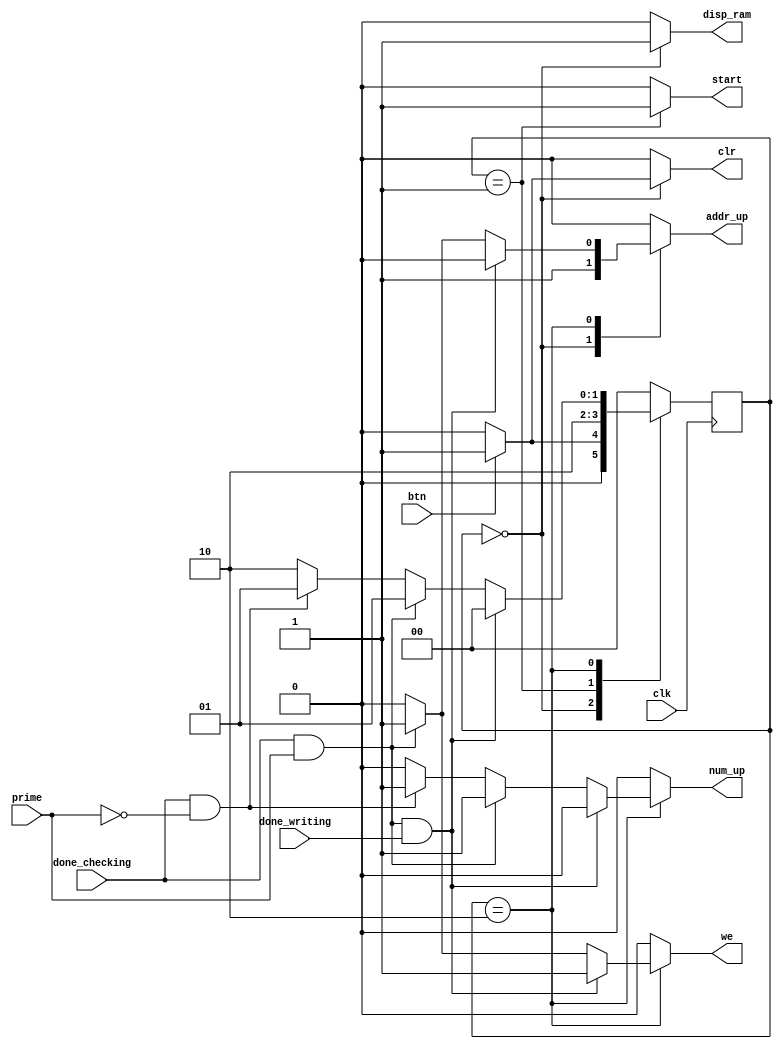
`timescale 1ns / 1ps

/*
 State machine to control the prime number
 generator module.
*/
module fsm(
    input clk,
    input btn,
    input done_writing,
    input done_checking,
    input prime,
    output reg start,
    output reg addr_up,
    output reg num_up,
    output reg clr,
    output reg we,
    output reg disp_ram
    );
    
    // Next state and present state
    reg [1:0] ns, ps;
    // State representation variables
    parameter [1:0] st_display_ram=2'b00, st_start=2'b01, st_check=2'b10;
    
    // Switch to next state every clock cycle
    always @ (posedge clk)
        ps = ns;
        
    // Decoder
    always @ (*) begin // removed done_writing, btn, done_checking, prime, ps
        // Clear all outputs
        start = 0; we = 0; clr = 0;
        num_up = 0; addr_up = 0; disp_ram = 0;
        case (ps)
            st_display_ram:
            begin
                // Always count up to continually show primes
                addr_up = 1;
                disp_ram = 1;
                if (btn == 1) begin
                    clr = 1; // Clear both counters
                    ns = st_start;
                end
                else ns = st_display_ram;
            end
            
            st_start:
            begin // Unconditional move to next state
                start = 1;
                ns = st_check;
            end
            
            st_check:
            begin // Wait for prime number check module to finish checking
                // Found the last prime number
                if (done_checking == 1 && prime == 1 && done_writing == 1) begin
                    we = 1;
                    ns = st_display_ram;
                end
                // Found a prime, but still need more
                else if (done_checking == 1 && prime == 1) begin
                    we = 1;
                    num_up = 1;
                    addr_up = 1;
                    ns = st_start;
                end
                // Finished checking, not a prime
                else if (done_checking == 1 && prime == 0) begin
                    num_up = 1;
                    ns = st_start;
                end
                // Still checking
                else begin
                    ns = st_check;
                end
            end
            default: ns = st_display_ram;
        endcase
    end
    
endmodule